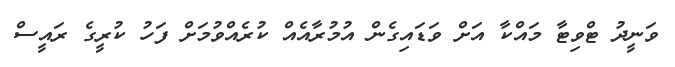
ވަނީދު ޓްވިޓާ މައްކާ އަށް ވަޑައިގެން އުމުރާއެއް ކުރެއްވުމަށް ފަހު ކުރީގެ ރައީސް